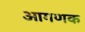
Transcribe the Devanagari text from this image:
आगणक